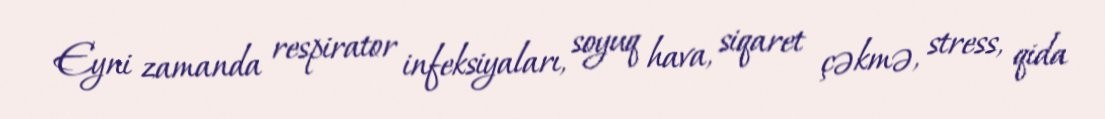
Eyni zamanda respirator infeksiyaları, soyuq hava, siqaret çəkmə, stress, qida